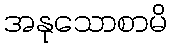
အနုသောစာမိ